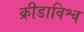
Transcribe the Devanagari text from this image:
क्रीडाविश्व